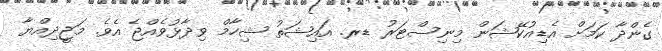
ގެންދާ ކަމަށް އެޑިއުކޭޝަން މިނިސްޓަރު ޑރ. އައިޝަތު ޝިހާމް ވިދާޅުވެއްޖެ އެވެ. މަޖީދިއްޔާ